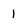
Character: 1